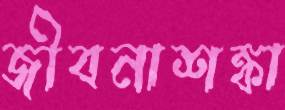
জীবনাশঙ্কা